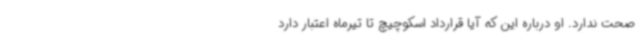
صحت ندارد. او درباره این که آیا قرارداد اسکوچیچ تا تیرماه اعتبار دارد